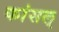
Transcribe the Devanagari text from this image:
कांसल्